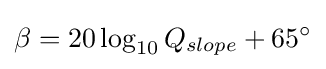
\beta =20\log _{10}Q_{slope}+65^{\circ }